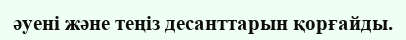
әуені және теңіз десанттарын қорғайды.